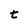
Character: t